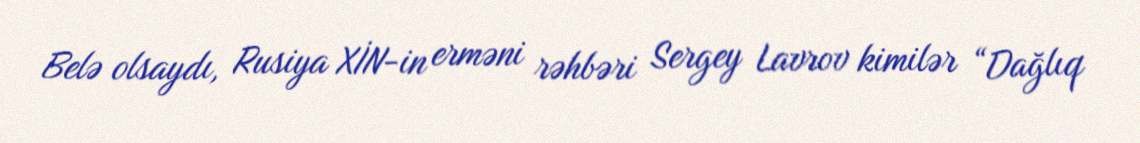
Belə olsaydı, Rusiya XİN-in erməni rəhbəri Sergey Lavrov kimilər “Dağlıq